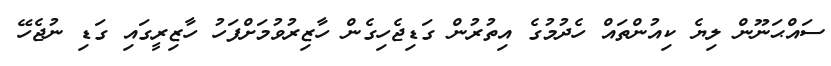
ސައްޙަނޫން ލިޔެ ކިއުންތައް ހެދުމުގެ އިތުރުން ގަޑިޖެހިގެން ހާޒިރުވުމަށްފަހު ހާޒިރީގައި ގަޑި ނުޖެހޭ